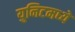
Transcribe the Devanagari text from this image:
युनिटमध्ये